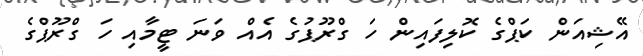
އޭޝިއަން ކަޕްގެ ކޮލިފައިން ހަ ގްރޫޕުގެ އެއް ވަަނަ ޓީމާއި ހަ ގްރޫޕްގެ